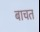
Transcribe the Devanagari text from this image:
बाचत